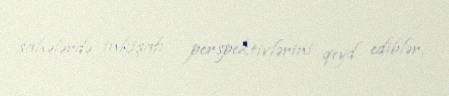
sahələrdə inkişafı perspektivlərini qeyd ediblər.